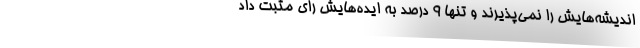
اندیشه‌هایش را نمی‌پذیرند و تنها 9 درصد به ایده‌هایش رای مثبت داد